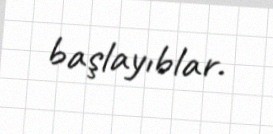
başlayıblar.